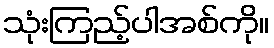
သုံးကြည့်ပါအစ်ကို။